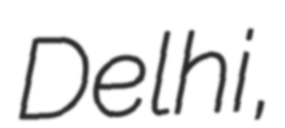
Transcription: Delhi,